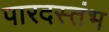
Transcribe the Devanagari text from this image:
पारदस्तंभ